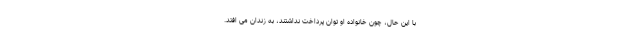
با این حال، چون خانواده او توان پرداخت نداشتند، به زندان می افتد.